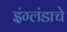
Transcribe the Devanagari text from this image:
इंग्लंडाचे